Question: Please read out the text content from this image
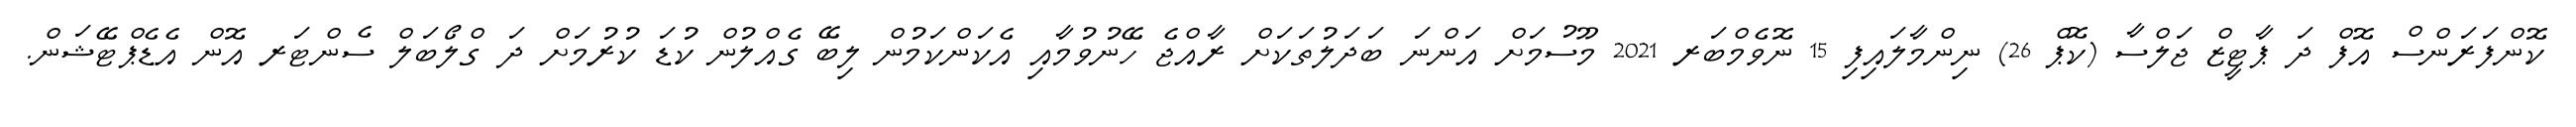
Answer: ކޮންފަރަންސް އޮފް ދަ ޕާޓީޒް ޖަލްސާ (ކޮޕް 26) ނިންމާލައިފި 15 ނޮވެމްބަރ 2021 މޫސުމަށް އަންނަ ބަދަލުތަކަށް ރާއްޖެ ހޭނުވުމާއި އެކަންކަމުން ލިބޭ ގެއްލުން ކުޑަ ކުރުމަށް ދަ ގްލޯބަލް ސެންޓަރ އޮން އެޑެޕްޓޭޝަން.